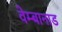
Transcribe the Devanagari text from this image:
वेम्बानाड